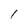
Character: 1